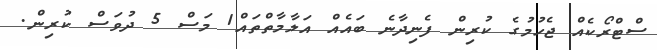
ސްޓްރޯކެއް ޖެހުމުގެ ކުރިން ފެނިދާނެ ބައެއް އަލާމާތްތައް1 މަސް 5 ދުވަސް ކުރިން.